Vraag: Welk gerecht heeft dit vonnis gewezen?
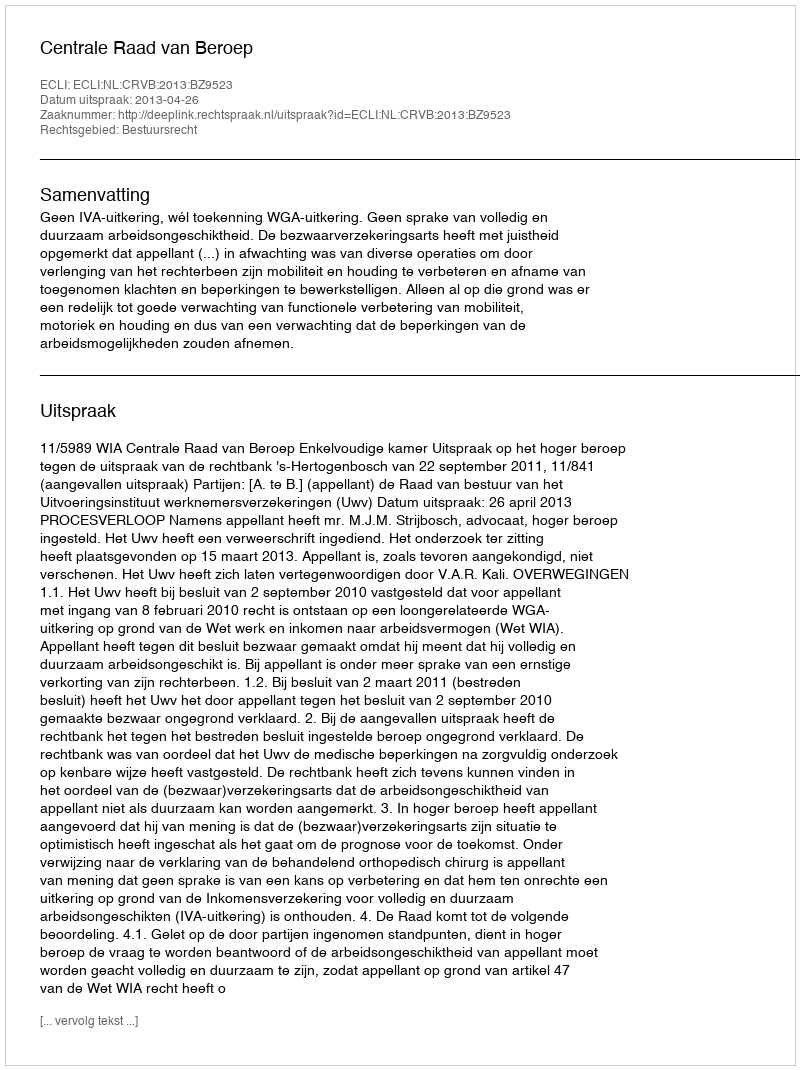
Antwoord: Centrale Raad van Beroep